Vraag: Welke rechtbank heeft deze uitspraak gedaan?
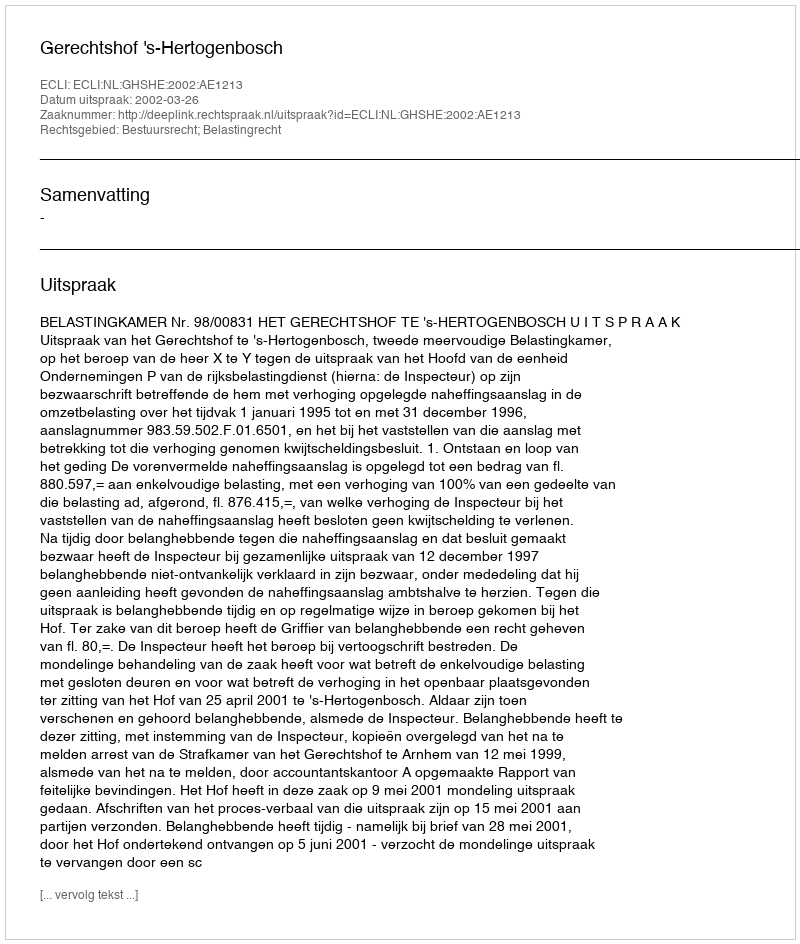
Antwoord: Gerechtshof 's-Hertogenbosch